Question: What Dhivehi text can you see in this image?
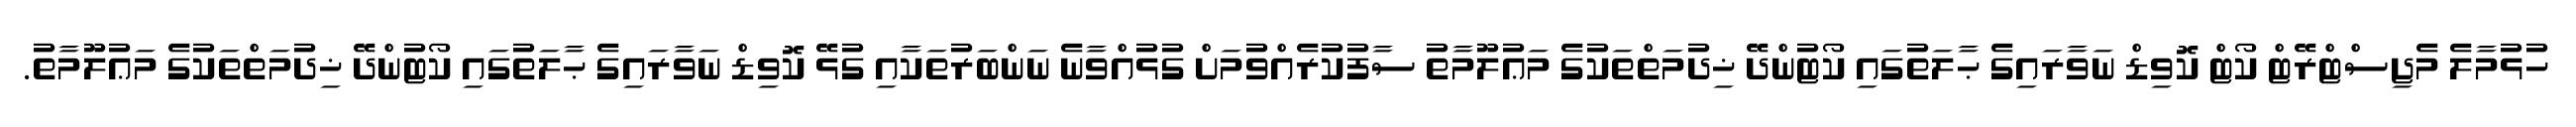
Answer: ހުޅުމާލެ މެޖިސްޓްރޭޓް ކޯޓް ކޮވިޑް ނަވާރައިގެ ޙާލަތުގައި ކޯޓުންދޭ ޚިދުމަތްތަކުގެ މަޢުލޫމާތު ސާފުކުރެއްވުމަށް ގުޅުއްވާނެ ނަންބަރުތަކާއި ގުޅޭ ކޮވިޑް ނަވާރައިގެ ޙާލަތުގައި ކޯޓުންދޭ ޚިދުމަތްތަކުގެ މަޢުލޫމާތު.